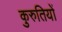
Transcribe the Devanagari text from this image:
कुरुतियों